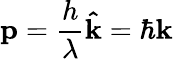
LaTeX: \mathbf{p}={\frac{h}{\lambda}}\mathbf{\hat{k}}=\hbar\mathbf{k}